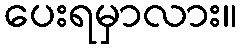
ပေးရမှာလား။